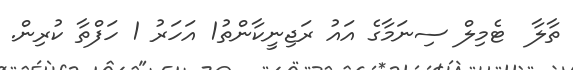
ތާލާ  ޓެމިލް ސިނަމާގެ އައު ރަޖިނީކާންތު1 އަހަރު 1 ހަފްތާ ކުރިން.